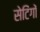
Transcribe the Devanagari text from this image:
सेटिंगों